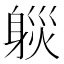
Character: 𨉒